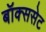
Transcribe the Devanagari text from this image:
बॉक्ससेट